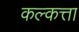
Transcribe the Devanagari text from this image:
कल्कत्ता